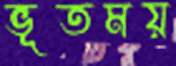
ভূতময়